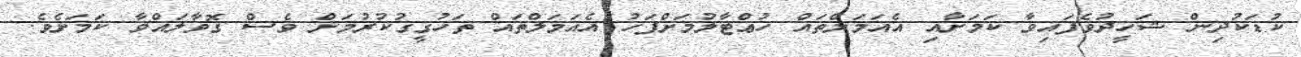
ކުޑަކުދިން ޝަހީދުވެފައިވާ ކަމަށާއި އެއަމަލްތައް ހުޢްޓާލުމަށްފަހު އެއަމަލްތައް ތަހުގީގުކުރުމަށް ވެސް ގޮވާލައްވާ ކަމަށެވެ.